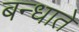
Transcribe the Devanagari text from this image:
बन्धाते